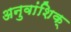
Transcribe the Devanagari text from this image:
अनुवांशिक्